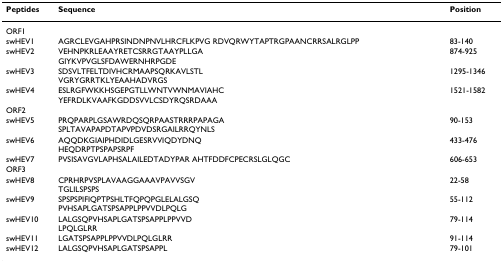
| Peptides | Sequence | Position |
 | --- | --- | --- |
 | ORF1 |  |  |
 | swHEV1 | AGRCLEVGAHPRSINDNPNVLHRCFLKPVG RDVQRWYTAPTRGPAANCRRSALRGLPP | 83-140 |
 | swHEV2 | VEHNPKRLEAAYRETCSRRGTAAYPLLGAGIYKVPVGLSFDAWERNHRPGDE | 874-925 |
 | swHEV3 | SDSVLTFELTDIVHCRMAAPSQRKAVLSTLVGRYGRRTKLYEAAHADVRGS | 1295-1346 |
 | swHEV4 | ESLRGFWKKHSGEPGTLLWNTVWNMAVIAHCYEFRDLKVAAFKGDDSVVLCSDYRQSRDAAA | 1521-1582 |
 | ORF2 |  |  |
 | swHEV5 | PRQPARPLGSAWRDQSQRPAASTRRRPAPAGASPLTAVAPAPDTAPVPDVDSRGAILRRQYNLS | 90-153 |
 | swHEV6 | AQQDKGIAIPHDIDLGESRVVIQDYDNQHEQDRPTPSPAPSRPF | 433-476 |
 | swHEV7 | PVSISAVGVLAPHSALAILEDTADYPAR AHTFDDFCPECRSLGLQGC | 606-653 |
 | ORF3 |  |  |
 | swHEV8 | CPRHRPVSPLAVAAGGAAAVPAVVSGVTGLILSPSPS | 22-58 |
 | swHEV9 | SPSPSPIFIQPTPSHLTFQPQPGLELALGSQPVHSAPLGATSPSAPPLPPVVDLPQLG | 55-112 |
 | swHEV10 | LALGSQPVHSAPLGATSPSAPPLPPVVDLPQLGLRR | 79-114 |
 | swHEV11 | LGATSPSAPPLPPVVDLPQLGLRR | 91-114 |
 | swHEV12 | LALGSQPVHSAPLGATSPSAPPL | 79-101 |